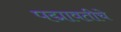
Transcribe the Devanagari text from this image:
पद्मावतीचे